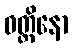
ဝတ္ထိနော